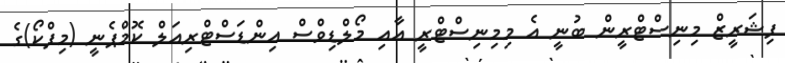
ފިޝަރީޒް މިނިސްޓްރީން ބުނީ އެ މިމިނިސްޓްރީ އާއި މޯލްޑިވްސް އިންޑަސްޓްރިއަލް ކޮމްޕެނީ (މިފްކޯ)ގެ